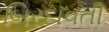
બિરદાવતી